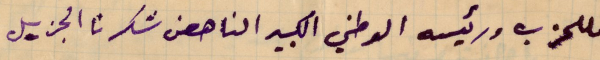
فللحزب ورئيسه الوطني الكبير الناهض شكرنا الجزيل